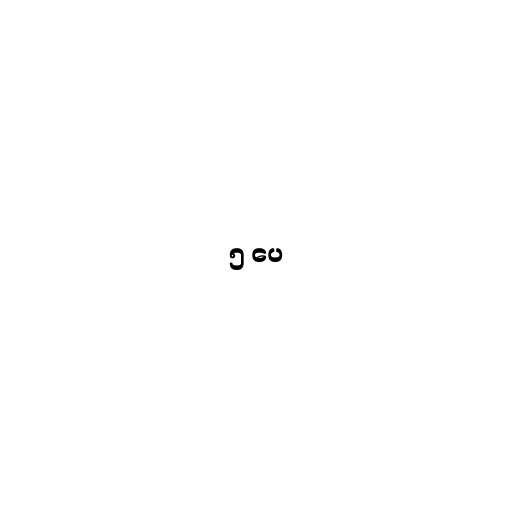
၅ ပေ